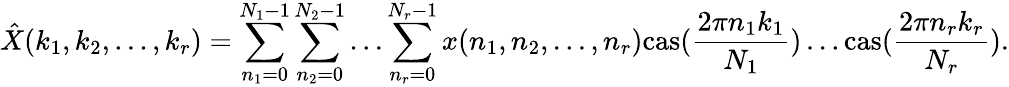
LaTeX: {\hat{X}}(k_{1},k_{2},...,k_{r})=\sum_{n_{1}=0}^{N_{1}-1}\sum_{n_{2}=0}^{N_{2}-1}\dots\sum_{n_{r}=0}^{N_{r}-1}x(n_{1},n_{2},...,n_{r})\mathrm{{cas}}({\frac{2\pi n_{1}k_{1}}{N_{1}}})\dots\mathrm{{cas}}({\frac{2\pi n_{r}k_{r}}{N_{r}}}).